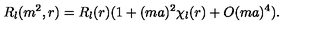
R _ { l } ( m ^ { 2 } , r ) = R _ { l } ( r ) ( 1 + ( m a ) ^ { 2 } \chi _ { l } ( r ) + O ( m a ) ^ { 4 } ) .